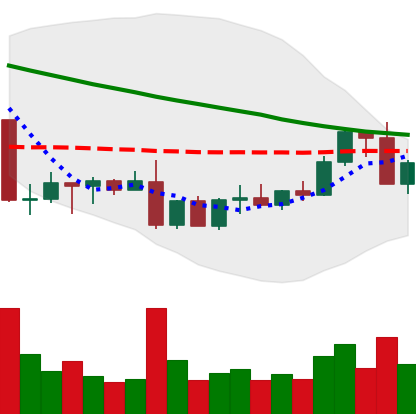
Ticker: ADA-USD
Chart end date: 2022-09-07
Forward return: 4.645%
Label: up_3_5